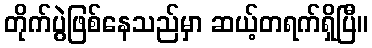
တိုက်ပွဲဖြစ်နေသည်မှာ ဆယ့်တရက်ရှိပြီ။